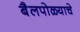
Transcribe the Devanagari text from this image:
बैलपोळ्याचे